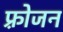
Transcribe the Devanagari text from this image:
फ़्रोजन